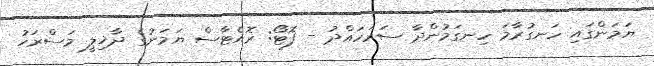
ޔަމަންގައި ހަނގުރާމަ ހިނގަމުންދާ ސަރަހައްދު - ފޮޓޯ: ރޮއެޓާސް ޔަމަނުގެ ދާޚިލީ މަސްރަހު